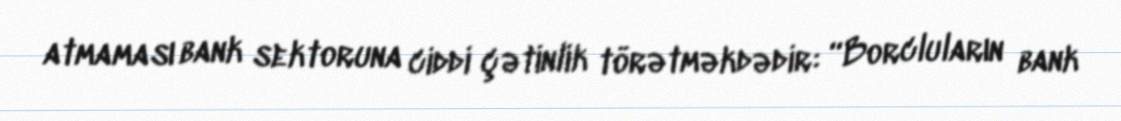
atmaması bank sektoruna ciddi çətinlik törətməkdədir: “Borcluların bank